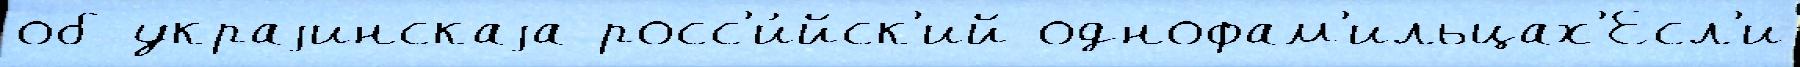
об украjинскаjа росс'и́йск'ий однофам'ильцах'Есл'и